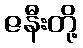
ဇနီးတို့